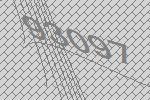
93097